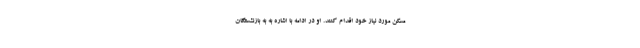
مسکن مورد نیاز خود اقدام کنند. او در ادامه با اشاره به به بازنشستگان